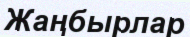
Жаңбырлар